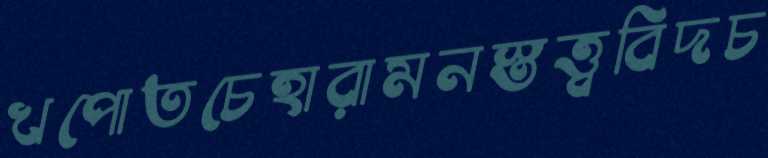
খপোতচেহারামনস্তত্ত্ববিদচ